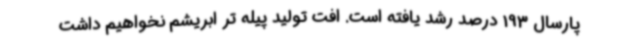
پارسال 193 درصد رشد یافته است. افت تولید پیله تر ابریشم نخواهیم داشت